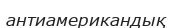
антиамерикандық